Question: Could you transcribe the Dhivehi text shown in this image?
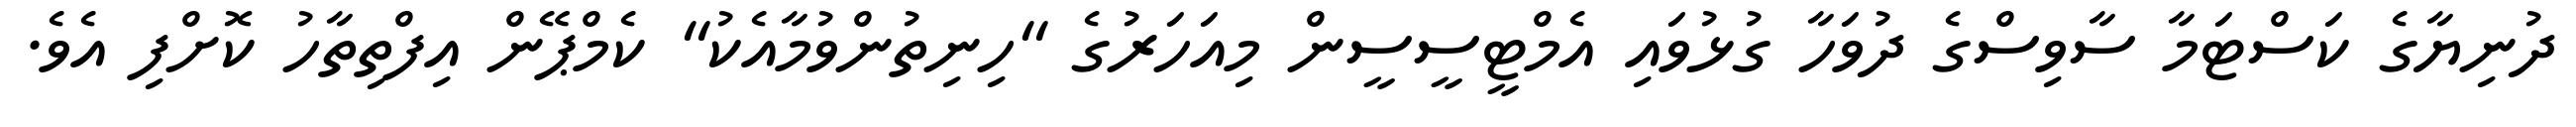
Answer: ދުނިޔާގެ ކަސްޓަމާ ސާވިސްގެ ދުވަހާ ގުޅުވައި އެމްޓީސީސީން މިއަހަރުގެ "ހިނިތުންވުމާއެކު" ކެމްޕޭން އިފްތިތާހު ކޮށްފި އެވެ.